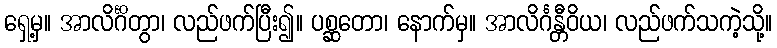
ရှေ့မှ။ အာလိင်္ဂိတွာ၊ လည်ဖက်ပြီး၍။ ပစ္ဆတော၊ နောက်မှ။ အာလိင်္ဂန္တီဝိယ၊ လည်ဖက်သကဲ့သို့။